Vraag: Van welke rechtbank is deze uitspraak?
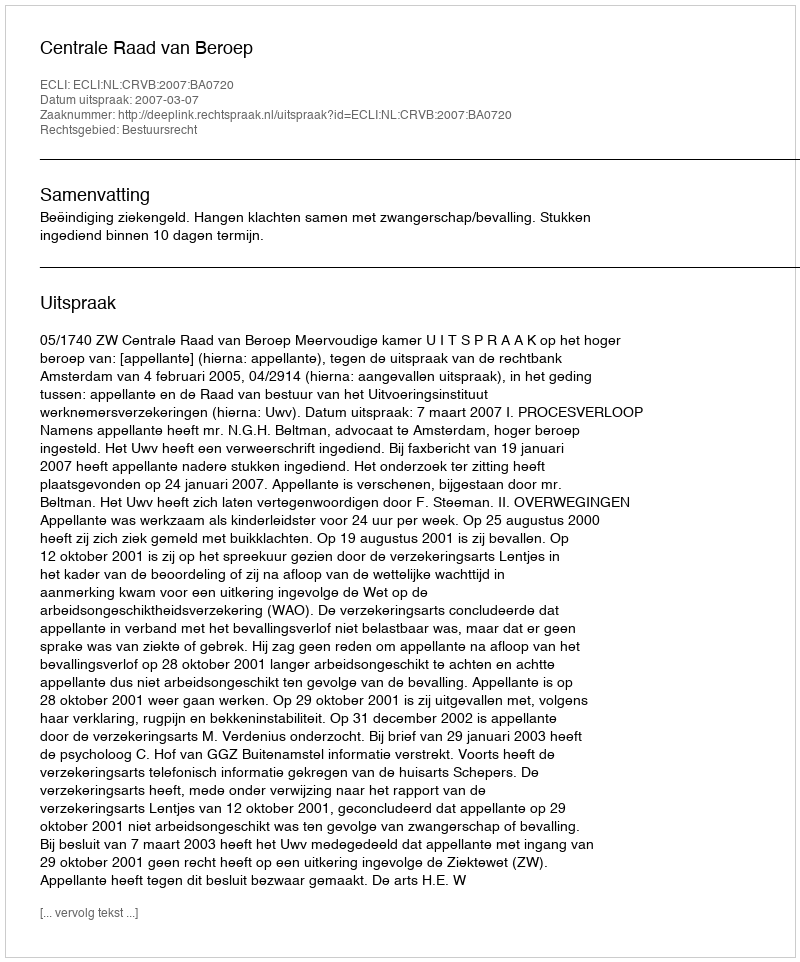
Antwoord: Centrale Raad van Beroep